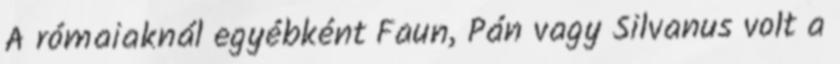
A rómaiaknál egyébként Faun, Pán vagy Silvanus volt a